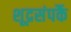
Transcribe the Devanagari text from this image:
शूद्रसंपर्कै